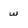
Character: w